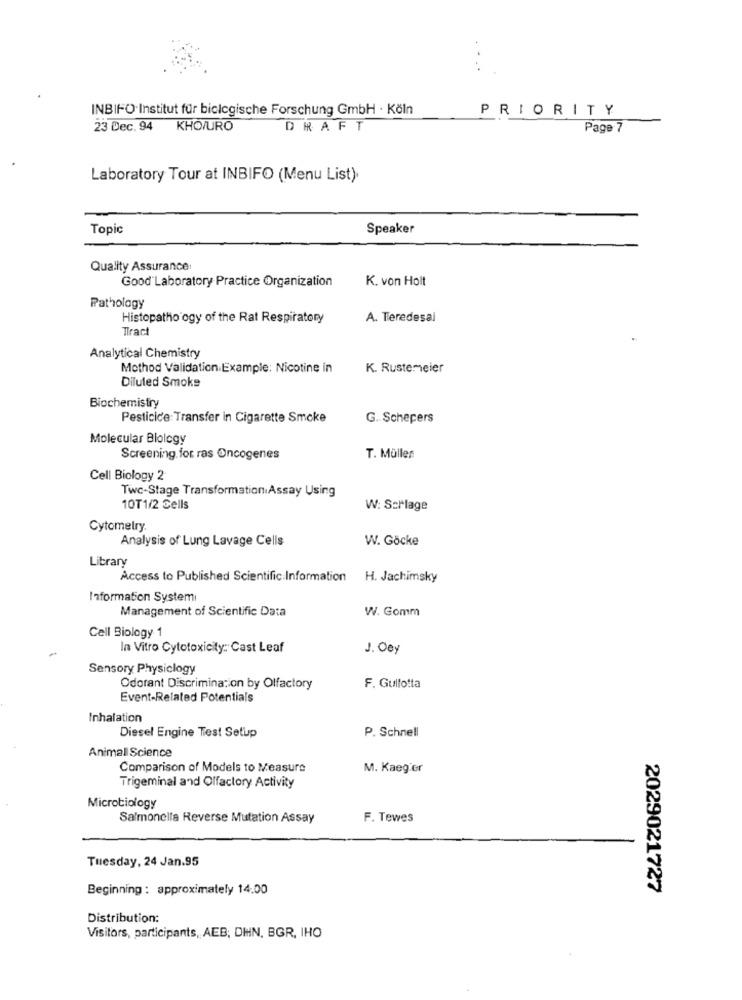
INBIFO-Institut für biologische Forschung GmbH · Köln
PRIORITY
23 Dec. 94 KHO/URO
DRAFT
Page 7
Laboratory Tour at INBIFO (Menu List).
Topic
Speaker
Quality Assurance
Good'Laboratory Practice Organization
K. von Holt
Pathology
Histopatho ogy of the Rat Respiratory
A. Teredesal
Tract
Analytical Chemistry
Mothod Validation Example: Nicotine in
K. Rustemeier
Diluted Smoke
Biochemistry
Pesticice: Transfer in Cigarette Smoke
G. Schepers
Molecular Biology
Screening for ras Oncogenes
T. Müller
Cell Biology 2
Twc-Stage Transformation Assay Using
10T1/2 Cells
W: Schlage
Cytometry.
Analysis of Lung Lavage Cells
W. Göcke
Library
Access to Published Scientific Information H. Jachimsky
Information System
Management of Scientific Data
W. Gomm
Cell Biology 1
In Vitro Cytotoxicity: Cast Leaf
J. 00y
Sensory Physiclogy
Odorant Discrimination by Olfactory
F. Gullotta
Event-Related Potentials
Inhalation
P. Schnell
Diesel Engine Test Setup
Animal Science
Comparison of Models to Measure
M. Kaeg er
Trigeminal and Olfactory Activity
Microbiology
Salmonella Reverse Mutation Assay
F. Tewes
Tuesday, 24 Jan.95
Beginning : approximately 14.00
2029021727
Distribution:
Visitors, participants, AEB, DHHN, BGR, IHO